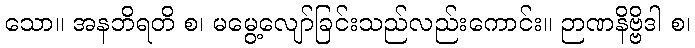
သော။ အနဘိရတိ စ၊ မမွေ့လျော်ခြင်းသည်လည်းကောင်း။ ဉာဏနိဗ္ဗိဒါ စ၊